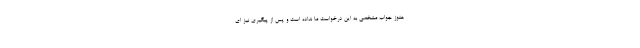
هنوز جواب مشخصی به این درخواست ما نداده است و پس از پیگیری نیز ای